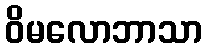
ဝိမလောဘာသာ